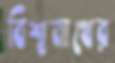
বিশ্বনাথের